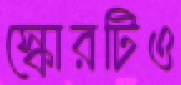
স্কোরটিও